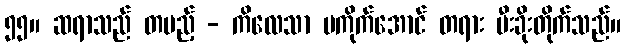
၅၅။ ဆရာသည် တပည့် - ကိလေသာ မကိုက်အောင် တရား မီးခိုးတိုက်သည်။